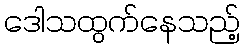
ဒေါသထွက်နေသည့်